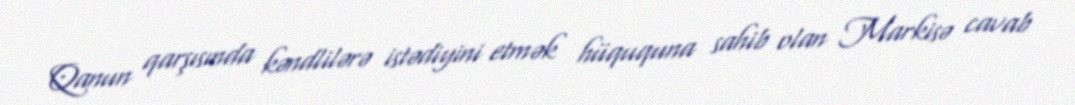
Qanun qarşısında kəndlilərə istədiyini etmək hüququna sahib olan Markisə cavab